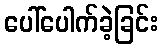
ပေါ်ပေါက်ခဲ့ခြင်း